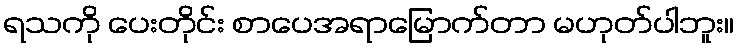
ရသကို ပေးတိုင်း စာပေအရာမြောက်တာ မဟုတ်ပါဘူး။